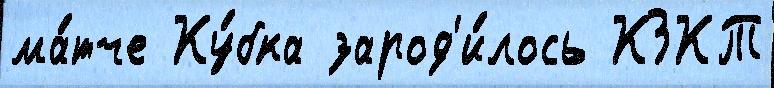
ма́тче Ку́бка зарод'и́лось КЗКТ